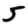
Digit: 5